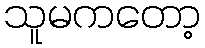
သူမကတော့